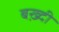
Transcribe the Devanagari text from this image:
बख़्दी